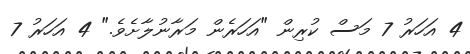
4 އަހަރު 7 މަސް ކުރިން "އަހަރެން މަރާނުލާށެވެ." 4 އަހަރު 7